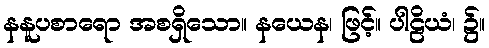
နနူပစာရော အစရှိသော။ နယေန၊ ဖြင့်။ ပါဠိယံ၊ ၌။